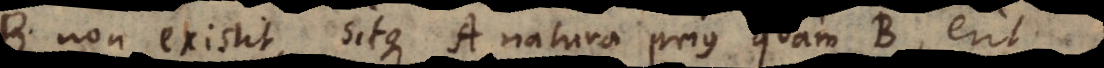
B non existit, sitque A natura prius quam B, erit